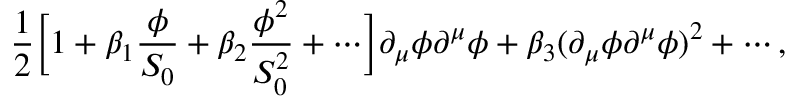
{ \frac { 1 } { 2 } } \biggl [ 1 + \beta _ { 1 } { \frac { \phi } { S _ { 0 } } } + \beta _ { 2 } { \frac { \phi ^ { 2 } } { S _ { 0 } ^ { 2 } } } + \cdots \biggr ] \partial _ { \mu } \phi \partial ^ { \mu } \phi + \beta _ { 3 } ( \partial _ { \mu } \phi \partial ^ { \mu } \phi ) ^ { 2 } + \cdots ,